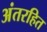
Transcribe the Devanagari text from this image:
अंतरहित